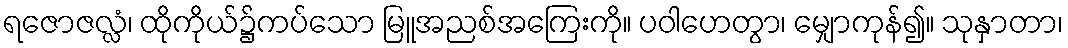
ရဇောဇလ္လံ၊ ထိုကိုယ်၌ကပ်သော မြူအညစ်အကြေးကို။ ပဝါဟေတွာ၊ မျှောကုန်၍။ သုနှာတာ၊